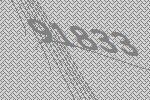
91833